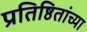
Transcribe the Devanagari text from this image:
प्रतिष्ठितांच्या